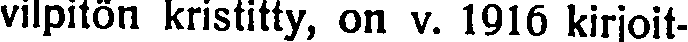
vilpitön kristitty, on v. 1916 kirjoit-